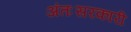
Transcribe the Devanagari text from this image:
अंतःसरकारी